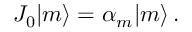
J _ { 0 } | m \rangle = \alpha _ { m } | m \rangle \, .